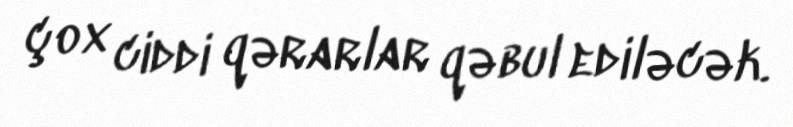
çox ciddi qərarlar qəbul ediləcək.